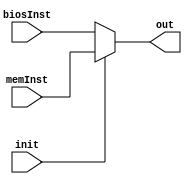
module systemInitializer (init, out, biosInst, memInst); //multiplexador entre bios ou memoria de instrucoes
	input init;
	input [31:0] biosInst, memInst;
	output reg [31:0] out;
	
	always @(*) begin
		if(init)
			out = memInst; //senao executar a memoria de instrucoes 
			
		else 
			out = biosInst; //se ainda ha instrucoes na bios, executar a bios 
	
	end
endmodule